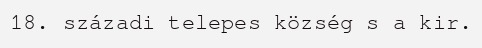
18. századi telepes község s a kir.